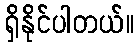
ရှိနိုင်ပါတယ်။